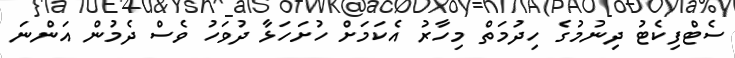
ސެޓްފިކެޓު ދިނުމުގެ ހިދުމަތް މިހާރު އެކަމަށް ހުށަހަޅާ ދުވަހު ވެސް ދެމުން އަންނަ